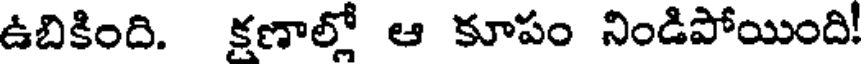
ఉబికింది. క్షణాల్లో ఆ కూపం నిండిపోయింది!